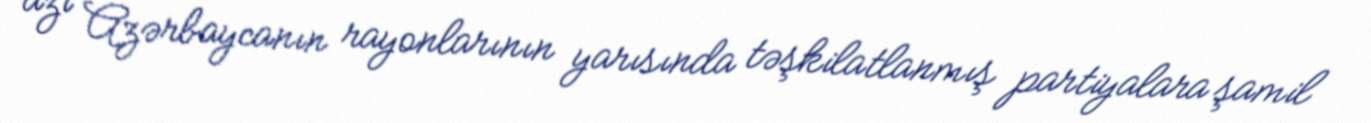
azı Azərbaycanın rayonlarının yarısında təşkilatlanmış partiyalara şamil